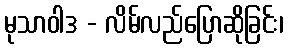
မုသာဝါဒ - လိမ်လည်ပြောဆိုခြင်း၊